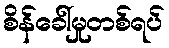
စိန်ခေါ်မှုတစ်ရပ်